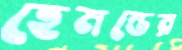
হেমন্তের